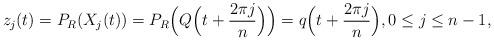
LaTeX: \begin{align*}z_j(t) = P_R(X_j(t)) = P_R\Big(Q\Big(t + \frac{2\pi j}{n}\Big)\Big) = q\Big(t + \frac{2\pi j}{n}\Big), 0\leq j\leq n-1,\end{align*}